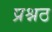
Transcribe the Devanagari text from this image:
प्रश्नठ